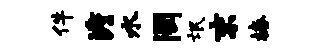
件澹水罔氓末椿